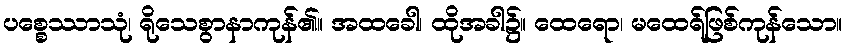
ပစ္စေဿာသုံ၊ ရိုသေစွာနာကုန်၏။ အထခေါ၊ ထိုအခါ၌။ ထေရော၊ မထေရ်ဖြစ်ကုန်သော။